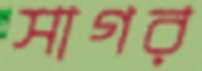
সাগর